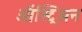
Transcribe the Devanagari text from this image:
ऑस्ट्रिअन